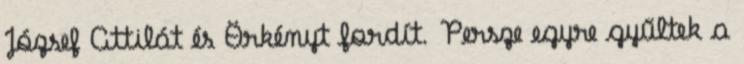
József Attilát és Örkényt fordít. Persze egyre gyűltek a